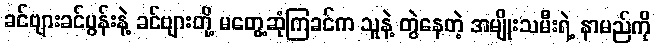
ခင်ဗျားခင်ပွန်းနဲ့ ခင်ဗျားတို့ မတွေ့ဆုံကြခင်က သူနဲ့ တွဲနေတဲ့ အမျိုးသမီးရဲ့ နာမည်ကို